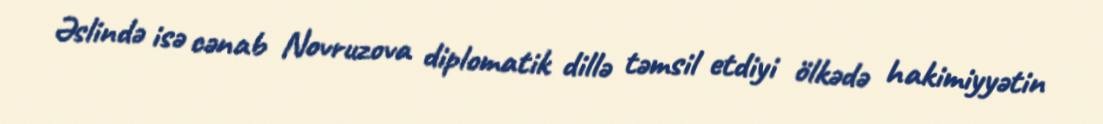
Əslində isə cənab Novruzova diplomatik dillə təmsil etdiyi ölkədə hakimiyyətin